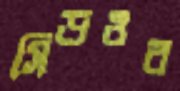
সিডওর